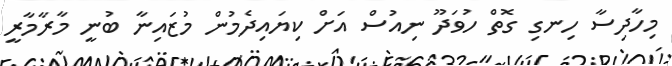
މިހާދިސާ ހިނގި ގޮތް ހުވަދޫ ނިއުސް އަށް ކިޔައިދެމުން މުޒައިނާ ބުނީ މާރާމާރީ